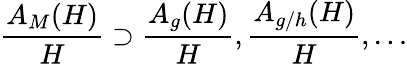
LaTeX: \frac{A_{M}(H)}{H}\supset\frac{A_{g}(H)}{H},\frac{A_{g/h}(H)}{H},\ldots